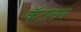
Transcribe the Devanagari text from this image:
कॅटलन